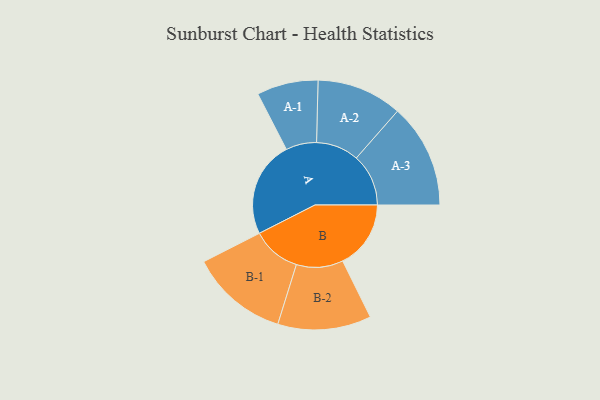
{"axis": {"x": "Segment", "y": "Value"}, "legend": ["", "A", "B"], "data": [{"x": "A", "y": 479, "type": ""}, {"x": "B", "y": 340, "type": ""}, {"x": "A-1", "y": 153, "type": "A"}, {"x": "A-2", "y": 213, "type": "A"}, {"x": "A-3", "y": 260, "type": "A"}, {"x": "B-1", "y": 244, "type": "B"}, {"x": "B-2", "y": 233, "type": "B"}]}